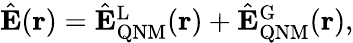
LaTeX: \begin{array}{r}{\hat{\mathbf{E}}(\mathbf{r})=\hat{\mathbf{E}}_{\mathrm{QNM}}^{\mathrm{L}}(\mathbf{r})+\hat{\mathbf{E}}_{\mathrm{QNM}}^{\mathrm{G}}(\mathbf{r}),}\end{array}